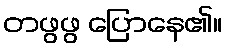
တဖွဖွ ပြောနေ၏။